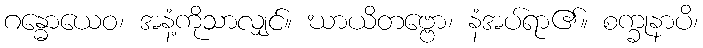
ဂန္ဓောယေဝ၊ အနံ့ကိုသာလျှင်။ ဃာယိတဗ္ဗော၊ နံအပ်ရာ၏။ စက္ခုနာပိ၊